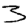
Digit: 3